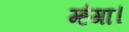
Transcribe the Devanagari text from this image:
म्हंगा।